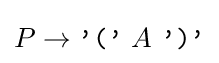
P\rightarrow {\texttt {'('}}\ A\ {\texttt {')'}}